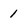
Character: 1